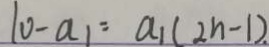
1 0 - a _ { 1 } = a _ { 1 } ( 2 n - 1 ) .